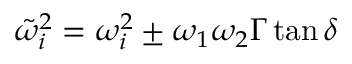
\tilde { \omega } _ { i } ^ { 2 } = \omega _ { i } ^ { 2 } \pm \omega _ { 1 } \omega _ { 2 } \Gamma \tan \delta